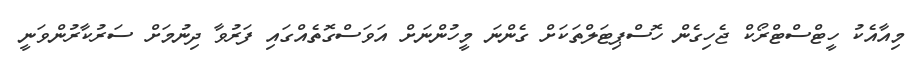
މިއާއެކު ހީޓްސްޓްރޯކް ޖެހިގެން ހޮސްޕިޓަލްތަކަށް ގެންނަ މީހުންނަށް އަވަސްގޮތެއްގައި ފަރުވާ ދިނުމަށް ސަރުކާރުންވަނީ